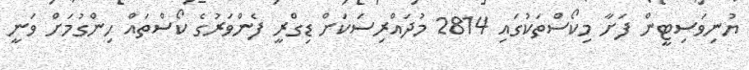
ޔުނިވަސިޓީން ފަށާ މިކޯސްތަކުގައި 2814 މުދައްރިސަކަށް ޑިގްރީ ފެންވަރުގެ ކޯސްތައް ހިންގުމަށް ވަނީ